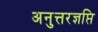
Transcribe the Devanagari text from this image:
अनुत्तरज्ञप्ति